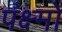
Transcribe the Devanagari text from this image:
पक्ष्मों